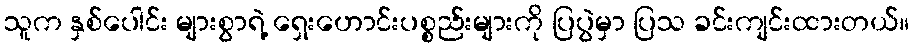
သူက နှစ်ပေါင်း များစွာရဲ့ ရှေးဟောင်းပစ္စည်းများကို ပြပွဲမှာ ပြသ ခင်းကျင်းထားတယ်။